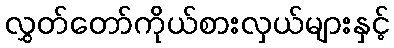
လွှတ်တော်ကိုယ်စားလှယ်များနှင့်